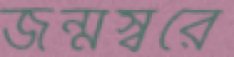
জন্মস্বরে